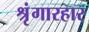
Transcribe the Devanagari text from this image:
श्रृंगारहार